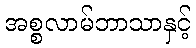
အစ္စလာမ်ဘာသာနှင့်